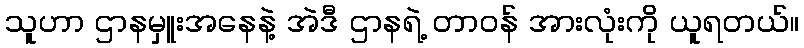
သူဟာ ဌာနမှူးအနေနဲ့ အဲဒီ ဌာနရဲ့ တာဝန် အားလုံးကို ယူရတယ်။